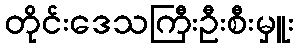
တိုင်းဒေသကြီးဦးစီးမှူး